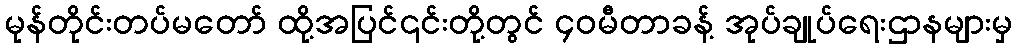
မုန်တိုင်းတပ်မတော် ထို့အပြင်၎င်းတို့တွင် ၄၀မီတာခန့် အုပ်ချုပ်ရေးဌာနများမှ